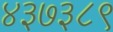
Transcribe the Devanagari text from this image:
४३७३८९